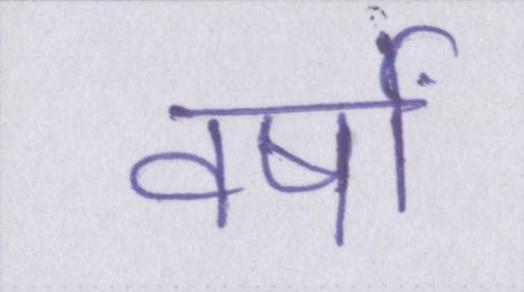
वर्षों